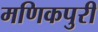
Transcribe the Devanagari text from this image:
मणिकपुरी